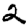
Digit: 2